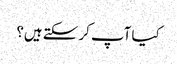
کیا آپ کر سکتے ہیں؟